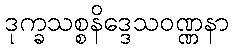
ဒုက္ခသစ္စနိဒ္ဒေသဝဏ္ဏနာ